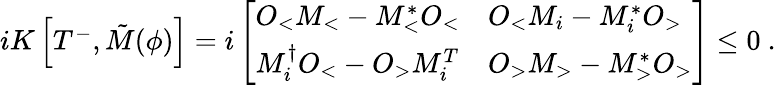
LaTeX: \begin{array}{r}{iK\left[T^{-},\tilde{M}({\phi})\right]=i\left[\begin{array}{ll}{O_{<}M_{<}-M_{<}^{*}O_{<}}&{O_{<}M_{i}-M_{i}^{*}O_{>}}\\ {M_{i}^{\dagger}O_{<}-O_{>}M_{i}^{T}}&{O_{>}M_{>}-M_{>}^{*}O_{>}}\end{array}\right]\leq 0\ .}\end{array}